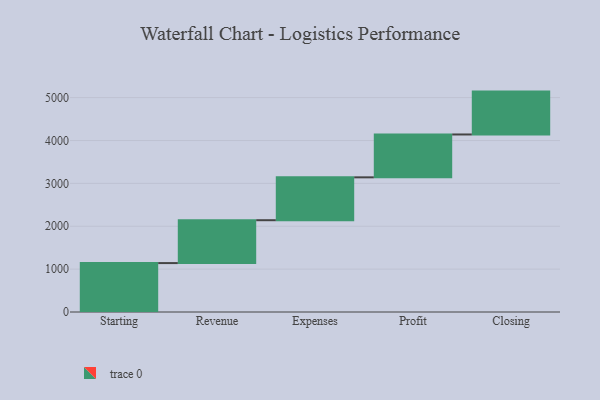
{"axis": {"x": "Step", "y": "Value"}, "legend": [""], "data": [{"x": "Starting", "y": 1141.0, "type": ""}, {"x": "Revenue", "y": 1000, "type": ""}, {"x": "Expenses", "y": 1000, "type": ""}, {"x": "Profit", "y": 1000, "type": ""}, {"x": "Closing", "y": 1000, "type": ""}]}